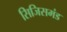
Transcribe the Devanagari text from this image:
सिजिसमंड